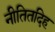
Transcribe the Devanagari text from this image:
नीतितदिह